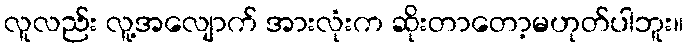
လူလည်း လူ့အလျောက် အားလုံးက ဆိုးတာတော့မဟုတ်ပါဘူး။